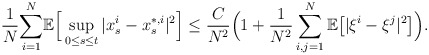
\begin{align*}\frac{1}{N}\underset{i=1}{\overset{N}{\sum}}\mathbb{E}\Big[\sup_{0\leq s\leq t}|x_s^i-x_s^{*,i}|^2\Big] \leq\frac{C}{N^2}\Big(1+\frac{1}{N^2}\sum_{i,j=1}^N\mathbb E\big[|\xi^i-\xi^j|^2\big]\Big).\end{align*}